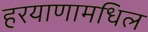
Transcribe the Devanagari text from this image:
हरयाणामधिल